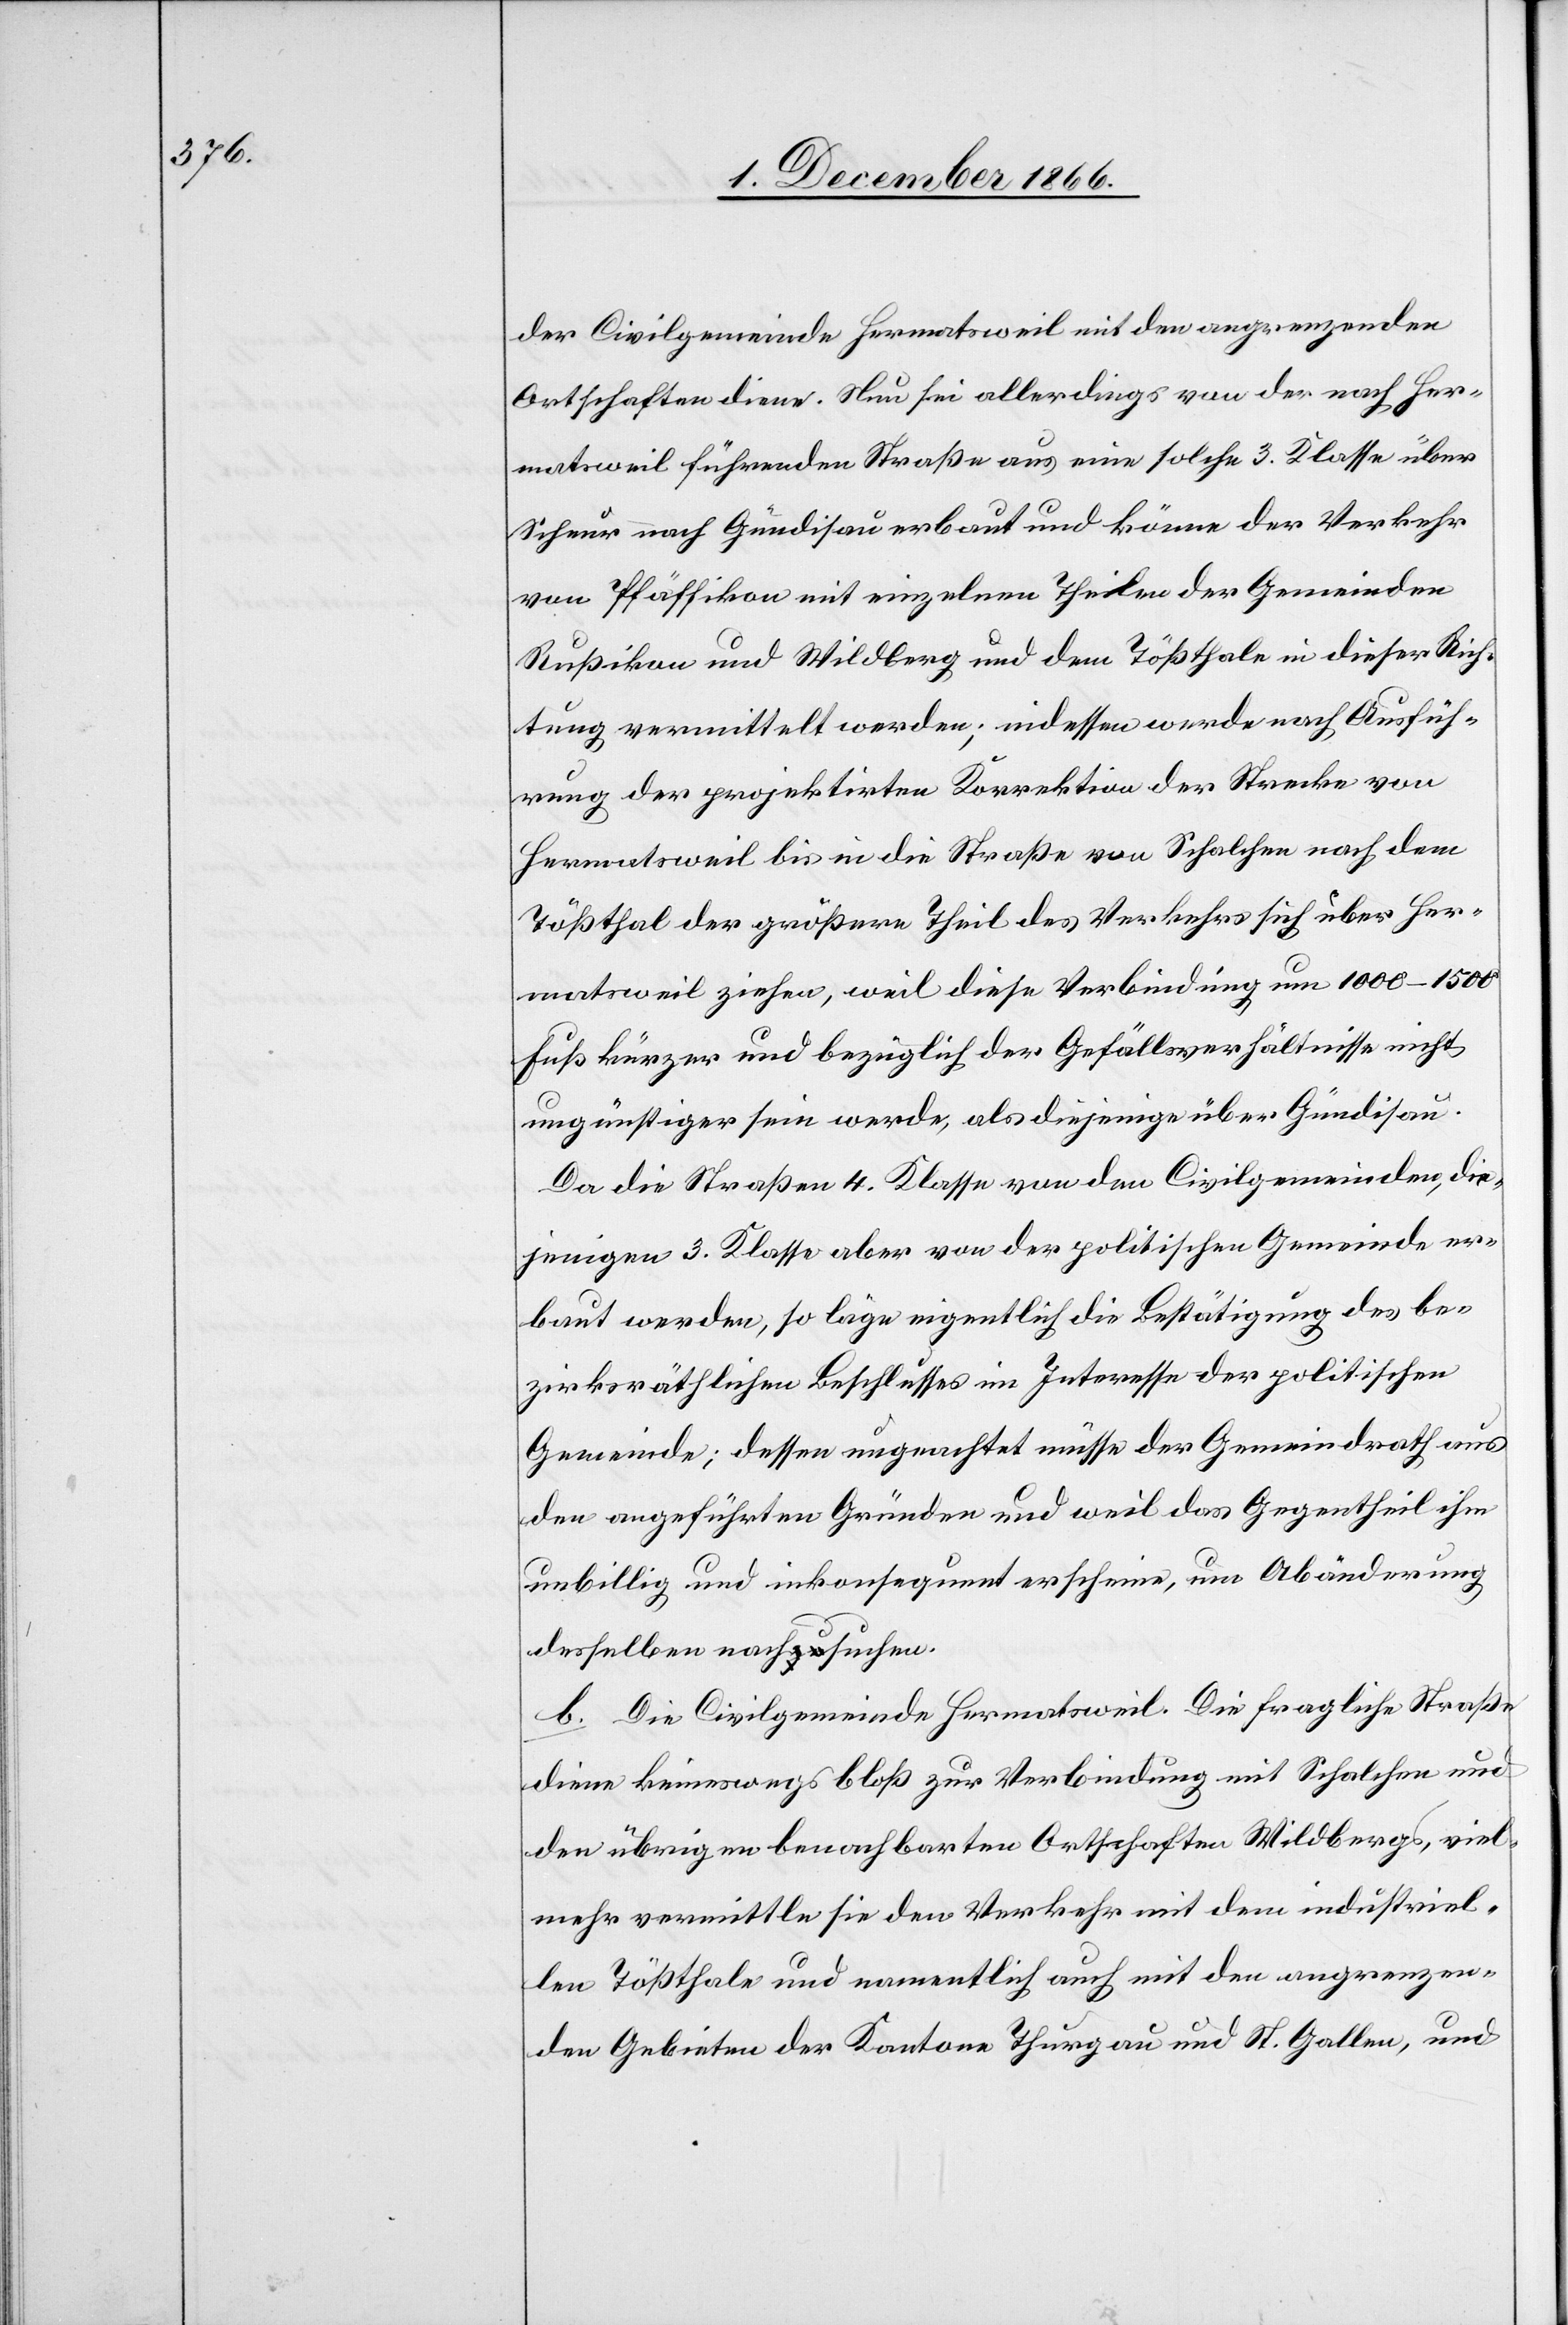
der Civilgemeinde Hermatsweil mit den angrenzenden
Ortschaften diene. Nun sei allerdings von der nach Her¬
matsweil führenden Straße aus eine solche 3. Klasse über
Scheur nach Gündisau erbaut und könne der Verkehr
von Pfäffikon mit einzelnen Theilen der Gemeinden
Rußikon und Wildberg und dem Tößthale in dieser Rich¬
tung vermittelt werden; indessen werde nach Ausfüh¬
rung der projektirten Korrektion der Strecke von
Hermatsweil bis in die Straße von Schalchen nach dem
Tößthal der größere Theil des Verkehrs sich über Her¬
matsweil ziehen, weil diese Verbindung um 1000–1500
Fuß kürzer und bezüglich der Gefällsverhältnisse nicht
ungünstiger sein werde, als diejenige über Gündisau.
Da die Straßen 4. Klasse von den Civilgemeinden, die¬
jenigen 3. Klasse aber von der politischen Gemeinde er¬
baut werden, so läge eigentlich die Bestätigung des be¬
zirksräthlichen Beschlusses im Interesse der politischen
Gemeinde; dessen ungeachtet müsse der Gemeindrath aus
den angeführten Gründen und weil das Gegentheil ihm
unbillig und inkonsequent erscheine, um Abänderung
desselben nachsuchen.
b. Die Civilgemeinde Hermatsweil. Die fragliche Straße
diene keineswegs bloß zur Verbindung mit Schalchen und
den übrigen benachbarten Ortschaften Wildbergs, viel¬
mehr vermittle sie den Verkehr mit dem industriel¬
len Tößthale und namentlich auch mit den angrenzen¬
den Gebieten der Kantone Thurgau und St. Gallen, und